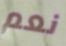
نعم